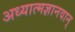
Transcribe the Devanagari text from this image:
अध्यात्मज्ञानवान्